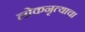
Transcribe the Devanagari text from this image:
लोकनृत्याचा